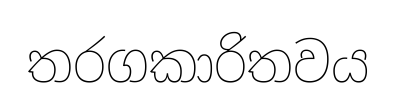
තරගකාරිතවය